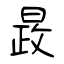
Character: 晸